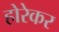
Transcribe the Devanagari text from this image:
होरेकर